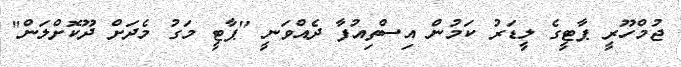
ޖުމްހޫރީ ޕާޓީގެ ލީޑަރު ކަމުން އިސްތިއުފާ ދެއްވަނީ "ޕާޓީ މަގު މެދަށް ދޫކޮށްލަން"